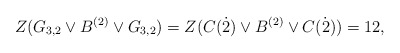
\begin{align*} Z(G_{3,2}\vee B^{(2)} \vee G_{3,2})=Z(C(\dot2)\vee B^{(2)}\vee C(\dot2))=12, \end{align*}